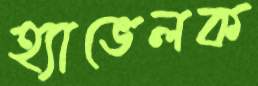
হ্যাভেলক